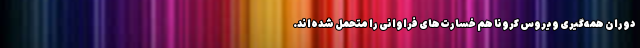
دوران همه‌گیری ویروس کرونا هم خسارت‌های فراوانی را متحمل شده‌اند.